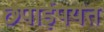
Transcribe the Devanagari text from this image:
छपाईपर्यंत